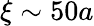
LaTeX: \xi\sim 50a